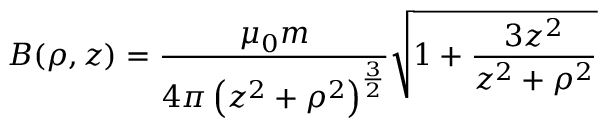
B ( \rho , z ) = { \frac { \mu _ { 0 } m } { 4 \pi \left( z ^ { 2 } + \rho ^ { 2 } \right) ^ { \frac { 3 } { 2 } } } } { \sqrt { 1 + { \frac { 3 z ^ { 2 } } { z ^ { 2 } + \rho ^ { 2 } } } } }